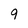
Character: 9